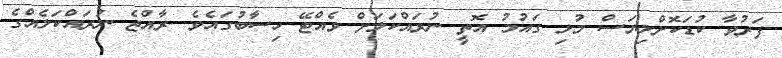
ފަރުވާ ކުޑަކޮށްލިޔަސް މުޅި ގައުމު އޮތީ ނުރައްކަލަށް ވެއްޓޭ ހިސާބުގައެވެ. ރާއްޖެ ނުރައްކަލެއްގެ